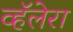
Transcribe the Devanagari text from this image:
व्हॅलेरा